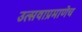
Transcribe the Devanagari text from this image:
उत्सवाप्रमाणेच